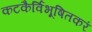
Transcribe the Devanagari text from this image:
कटकैर्विभूषितकरं